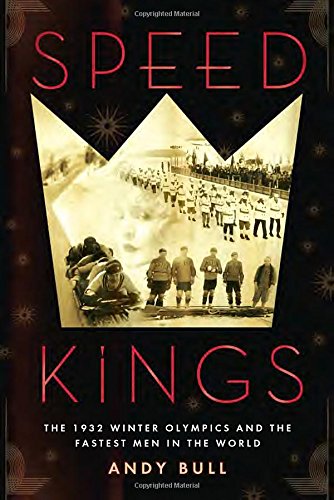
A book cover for Speed Kings: The 1932 Winter Olympics and the Fastest Men in the World; Andy Bull; Sports & Outdoors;